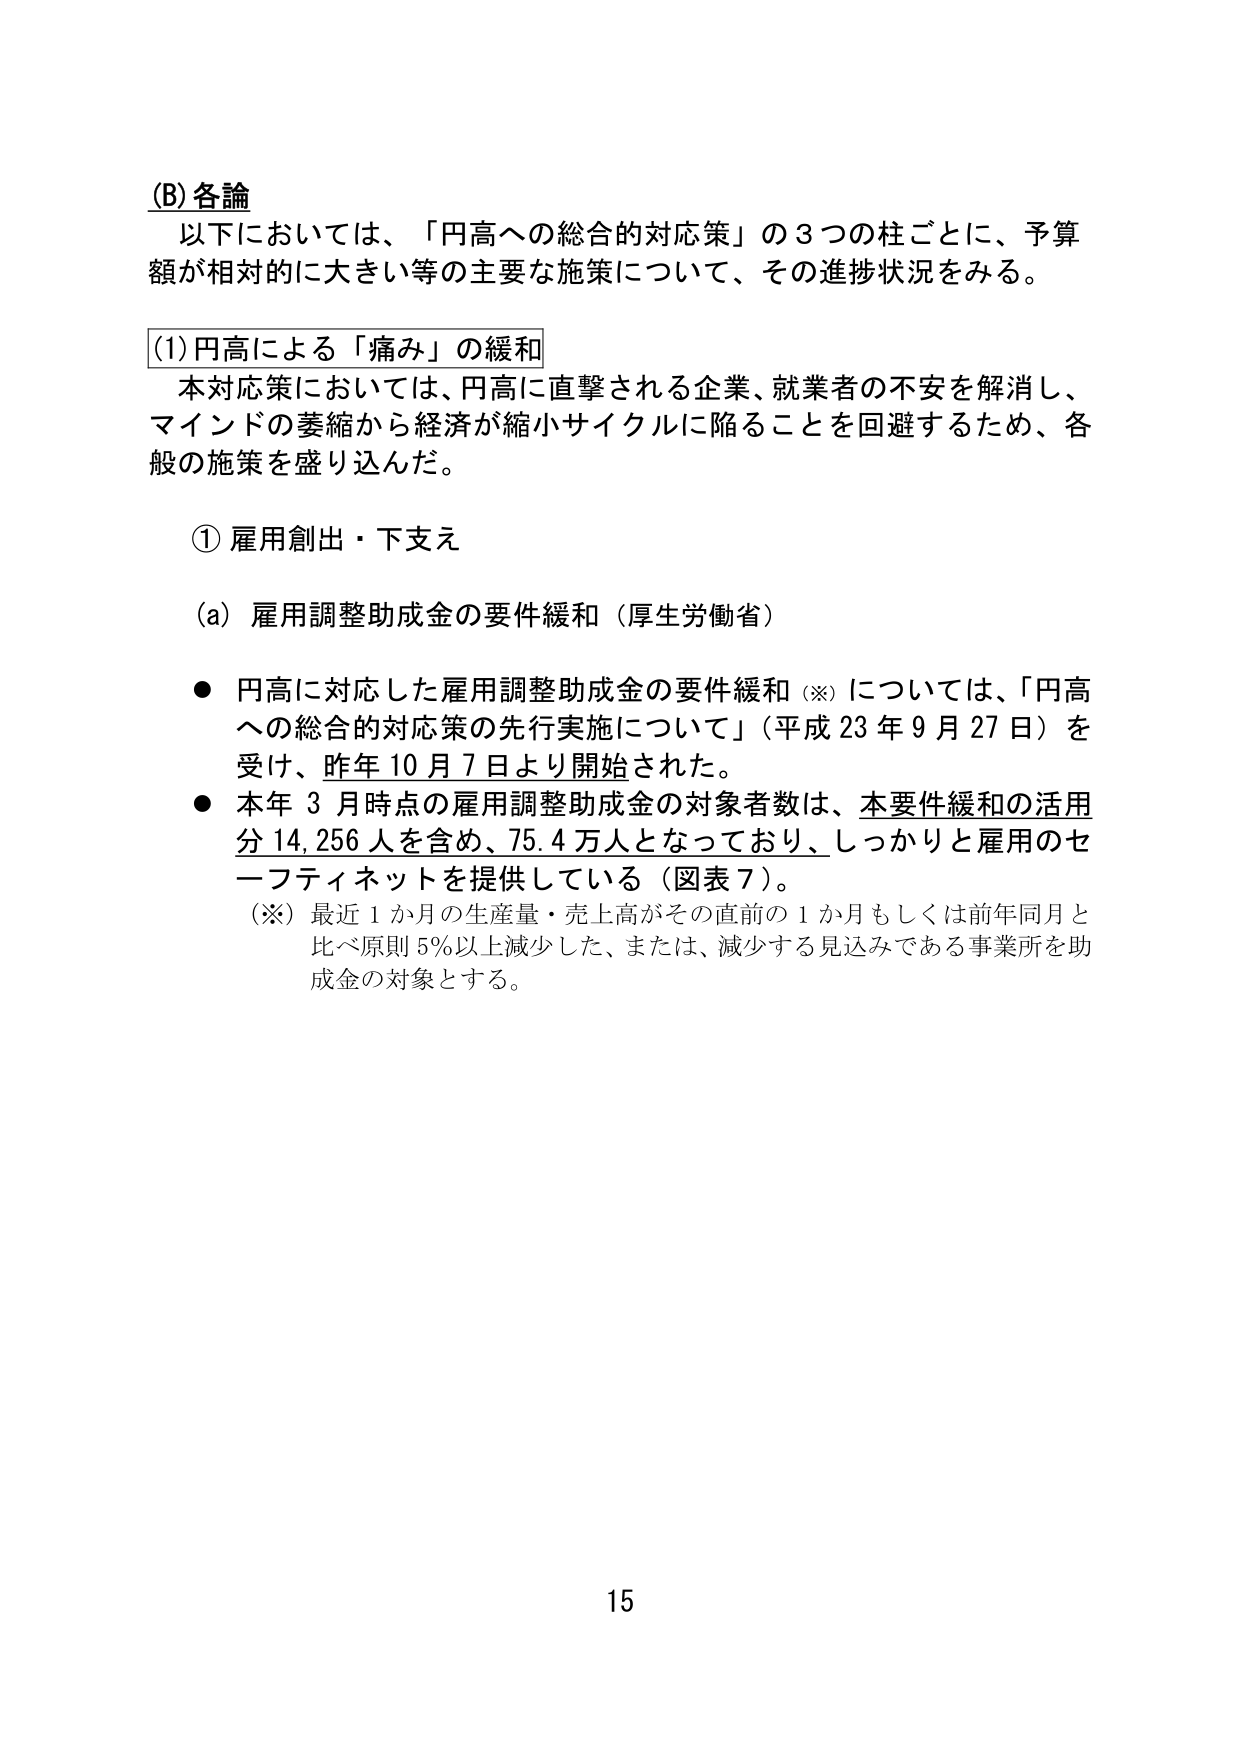
(B) 各論
以下においては、「円高への総合的対応策」の3つの柱ごとに、予算額が相対的に大きい等の主要な施策について、その進捗状況をみる。

(1) 円高による「痛み」の緩和
本対応策においては、円高に直撃される企業、就業者の不安を解消し、マインドの萎縮から経済が縮小サイクルに陥ることを回避するため、各般の施策を盛り込んだ。

① 雇用創出・下支え
(a) 雇用調整助成金の要件緩和（厚生労働省）
● 円高に対応した雇用調整助成金の要件緩和（※）については、「円高への総合的対応策の先行実施について」（平成23年9月27日）を受け、昨年10月7日より開始された。
● 本年3月時点の雇用調整助成金の対象者数は、本要件緩和の活用分14,256人を含め、75.4万人となっており、しっかりと雇用のセーフティネットを提供している（図表7）。
（※）最近1か月の生産量・売上高がその直前の1か月もしくは前年同月と比べ原則5％以上減少した、または、減少する見込みである事業所を助成金の対象とする。

15